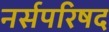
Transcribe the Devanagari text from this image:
नर्सपरिषद